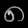
Digit: ၈